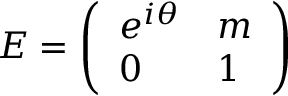
E = \left( \begin{array} { l l } { { e ^ { i \theta } } } & { { m } } \\ { { 0 } } & { { 1 } } \end{array} \right)